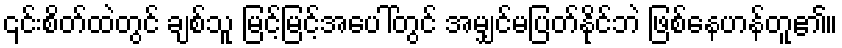
၎င်းစိတ်ထဲတွင် ချစ်သူ မြင့်မြင့်အပေါ်တွင် အမျှင်မပြတ်နိုင်ဘဲ ဖြစ်နေဟန်တူ၏။